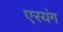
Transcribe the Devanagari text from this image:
एरयंग